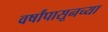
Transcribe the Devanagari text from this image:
वर्षांपासूनच्या